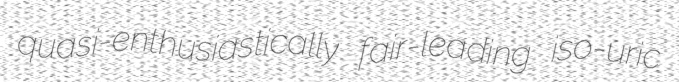
quasi-enthusiastically fair-leading iso-uric